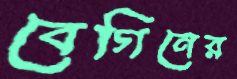
বেগিনের